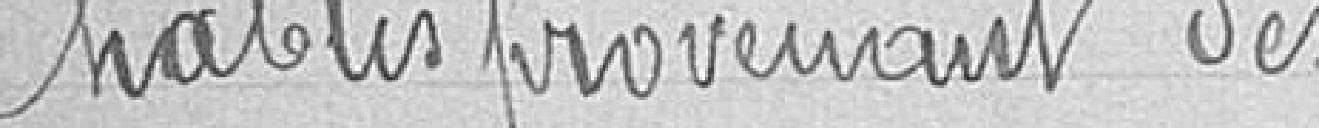
Chablis provenant des